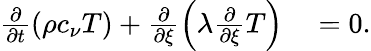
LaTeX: \begin{array}{rl}{\frac{\partial}{\partial t}\left(\rho c_{\nu}T\right)+\frac{\partial}{\partial\xi}\left(\lambda\frac{\partial}{\partial\xi}T\right)}&{{}=0.}\end{array}